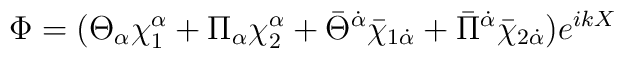
\Phi=(\Theta_\alpha \chi_{1}^\alpha + \Pi_\alpha \chi_{2}^\alpha +  \bar\Theta^{\dot\alpha} \bar\chi_{1\dot\alpha} + \bar \Pi^{\dot\alpha}  \bar \chi_{2\dot\alpha})e^{ikX}